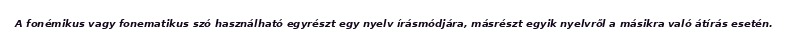
A fonémikus vagy fonematikus szó használható egyrészt egy nyelv írásmódjára, másrészt egyik nyelvről a másikra való átírás esetén.